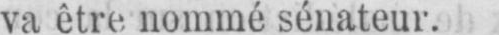
va être nommé sénateur.